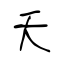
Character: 夭